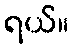
ရယ်။